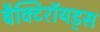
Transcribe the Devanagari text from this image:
बैक्टिरॉयड्स